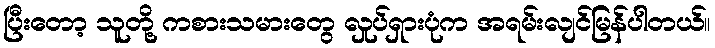
ပြီးတော့ သူတို့ ကစားသမားတွေ လှုပ်ရှားပုံက အရမ်းလျင်မြန်ပါတယ်။